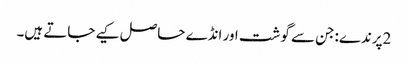
2پرندے:جن سے گوشت اور انڈے حاصل کیے جاتے ہیں۔